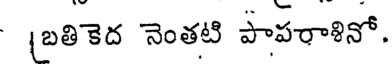
(బతికెద నెంతటి పాపరాళినో.